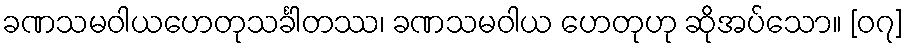
ခဏသမဝါယဟေတုသင်္ခါတဿ၊ ခဏသမဝါယ ဟေတုဟု ဆိုအပ်သော။ [၀၇]